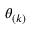
\theta _ { ( k ) }